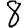
Digit: 8